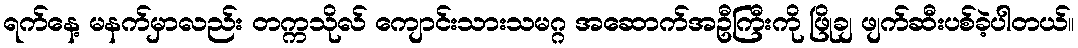
ရက်နေ့ မနက်မှာလည်း တက္ကသိုလ် ကျောင်းသားသမဂ္ဂ အဆောက်အဦကြီးကို ဖြိုချ ဖျက်ဆီးပစ်ခဲ့ပါတယ်။